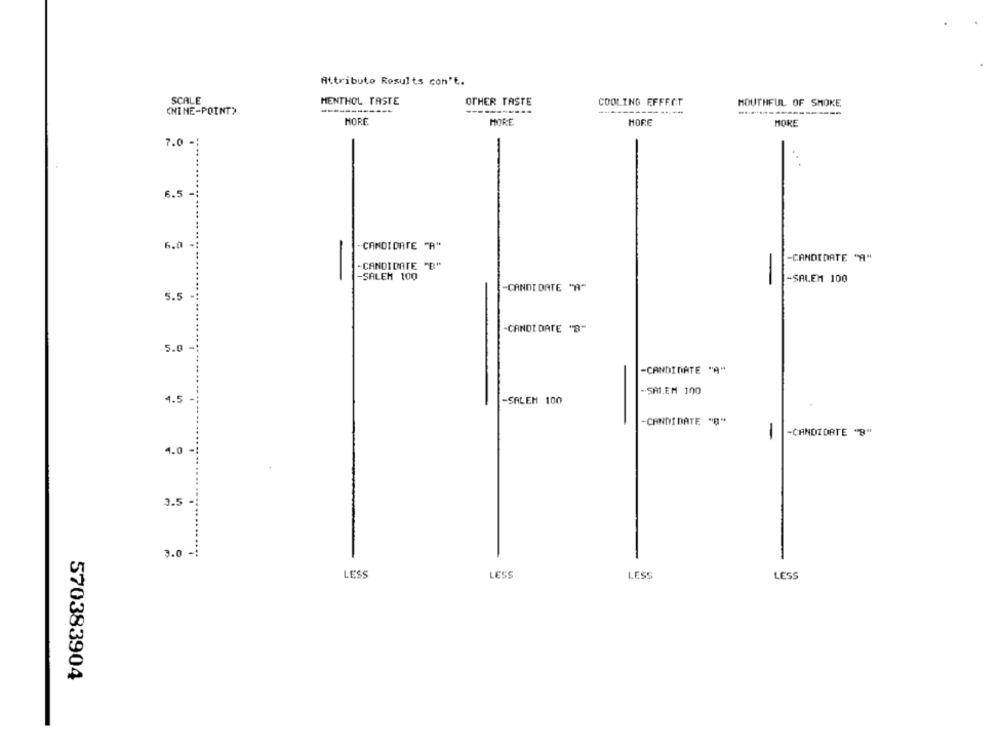
Attributo Results con't.
SCALE
MENTHOL TASTE
OTHER TASTE
COOLING FFFFCT
MOUTHFUL OF SMOKE
(NINE-POINT)
HORE
HORE
MORE
MORE
7.0 -;
6.5 -
6.0
"CANDIDATE "A"
-CANDIDATE "A"
-CANDIDATE "B"
-SALEM 100
-
-SALEM 100
-CANDI DATE "A"
5.5
-CANDI DATE "B"
5.0
-CANDIDATE "A"
-SALEM 100
4.5
-SALEM 100
-CANDIDATE "B"
-
-CANDIDATE "B"
4.0
3.5
3.0 -:
LESS
LESS
LESS
LESS
570383904